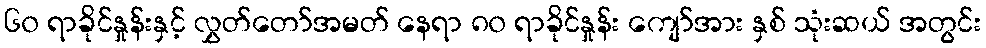
၆၀ ရာခိုင်နှုန်းနှင့် လွှတ်တော်အမတ် နေရာ ၈၀ ရာခိုင်နှုန်း ကျော်အား နှစ် သုံးဆယ် အတွင်း